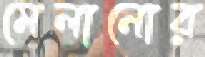
মেলানোর